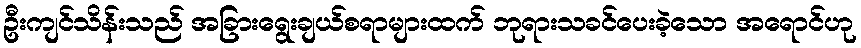
ဦးကျင်သိန်းသည် အခြားရွေးချယ်စရာများထက် ဘုရားသခင်ပေးခဲ့သော အရောင်ဟု